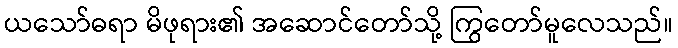
ယသော်ဓရာ မိဖုရား၏ အဆောင်တော်သို့ ကြွတော်မူလေသည်။